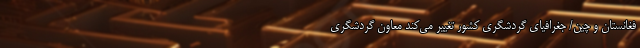
فغانستان و چین‌/ جغرافیای گردشگری کشور تغییر می‌کند معاون گردشگری